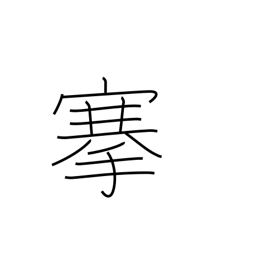
Meaning: pull out